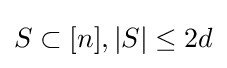
S\subset [n],|S|\leq 2d